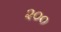
૨૦૦